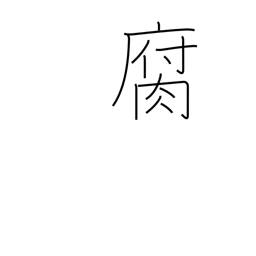
Meaning: decay